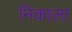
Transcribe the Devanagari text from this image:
निकाला